Report on vaccination in the Province of Bengal - 1874-1889
Year: 1874
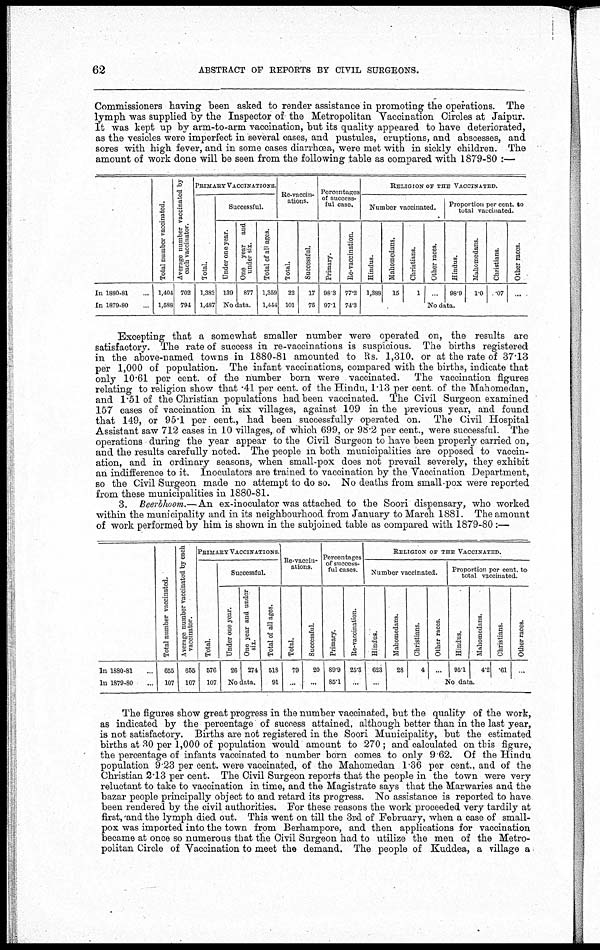
62
ABSTRACT OF REPORTS BY CIVIL SURGEONS.
Commissioners having been asked to render assistance in promoting the operations. The
lymph was supplied by the Inspector of the Metropolitan Vaccination Circles at Jaipur.
It was kept up by arm-to-arm vaccination, but its quality appeared to have deteriorated,
as the vesicles were imperfect in several cases, and pustules, eruptions, and abscesses, and
sores with high fever, and in some cases diarrhœa, were met with in sickly children. The
amount of work done will be seen from the following table as compared with 1879-80 :—
In 1880-81 ...
In 1879-80 ...
Total number vaccinated.
1,401
1,588
Average number vaccinated by
each vaccinator.
702
794
PRIMARY VACCINATIONS
Total.
1,382
1,487
Successful.
Under one year.
139
One year and
under six
877
No data.
Total of all ages.
1,359
1,444
Re-vaccin-
ations.
Total.
22
101
Successful.
17
76
Percentages
of success-
ful case.
Primary.
98.3
97.1
Re-vaccination.
77.2
74.3
RELIGION OF THE VACCINATION
Number vaccinated.
Hindus.
1,388
Mahomedans.
15
Christians.
1
Other races.
..
Proportion per cent. to
total vaccinated.
Hindus.
98.9
Muhomedans.
10
Christians.
.07
Other races.
...
No data.
Excepting that a somewhat smaller number were operated on, the results are
satisfactory. The rate of success in re-vaccinations is suspicious. The births registered
in the above-named towns in 1880-81 amounted to Rs. 1,310. or at the rate of 37.13
per 1,000 of population. The infant vaccinations, compared with the births, indicate that
only 10.61 per cent. of the number born were vaccinated.
The vaccination figures
relating to religion show that .41 per cent. of the Hindu, 1.13 per cent of the Mahomedan,
and 1.51 of the Christian populations had been vaccinated. The Civil Surgeon examined
157 cases of vaccination in six villages, against 109 in the previous year, and found
that 149, or 95.1 per cent., had been successfully operated on. The Civil Hospital
Assistant saw 712 cases in 10 villages, of which 699, or 98.2 per cent., were successful. The
operations during the year appear to the Civil Surgeon to have been properly carried on,
and the results carefully noted. The people in both municipalities are opposed to vaccin-
ation, and in ordinary seasons, when small-pox does not prevail severely, they exhibit
an indifference to it. Inoculators are trained to vaccination by the Vaccination Department,
so the Civil Surgeon made no attempt to do so. No deaths from small-pox were reported
from these municipalities in 1880-81.
3. Beerbhoom.—An ex-inoculator was attached to the Soori dispensary, who worked
within the municipality and in its neighbourhood from January to March 1881. The amount
of work performed by him is shown in the subjoined table as compared with 1879-80:—
In 1880-81 ...
In 1879-80 ...
Total number vaccinated.
655
107
Average number vaccinated by each
vaccinator.
655
107
PRIMARY VACCINATIONS
Total.
576
107
Successful.
Under one year.
26
One year and under
six.
274
No data.
Total of all ages.
518
91
Re-vaccin-
ations.
Total.
79
...
Successful.
20
...
Percentages
of success-
ful cases.
Primary.
89.9
85.1
Re-vaccination.
25.3
...
RELIGION OF THE VACCINATED.
Number vaccinated.
Hindus.
623
...
Mahomedans.
28
Christians.
4
Other races.
...
Proportion per cent. to
total vaccinated.
Hindus.
95.1
Mahomedans.
4.2
Christians.
.61
Other races.
..
No data.
The figures show great progress in the number vaccinated, but the quality of the work,
as indicated by the percentage of success attained, although better than in the last year,
is not satisfactory. Births are not registered in the Soori Municipality, but the estimated
births at 30 per 1,000 of population would amount to 270; and calculated on this figure,
the percentage of infants vaccinated to number born comes to only 9 62. Of the Hindu
population 9.23 per cent. were vaccinated, of the Mahomedan 1.36 per cent., and of the
Christian 2.13 per cent. The Civil Surgeon reports that the people in the town were very
reluctant to take to vaccination in time, and the Magistrate says that the Marwaries and the
bazar people principally object to and retard its progress. No assistance is reported to have
been rendered by the civil authorities. For these reasons the work proceeded very tardily at
first, and the lymph died out. This went on till the 3rd of February, when a case of small-
pox was imported into the town from Berhampore, and then applications for vaccination
became at once so numerous that the Civil Surgeon had to utilize the men of the Metro-
politan Circle of Vaccination to meet the demand. The people of Kuddea, a village a